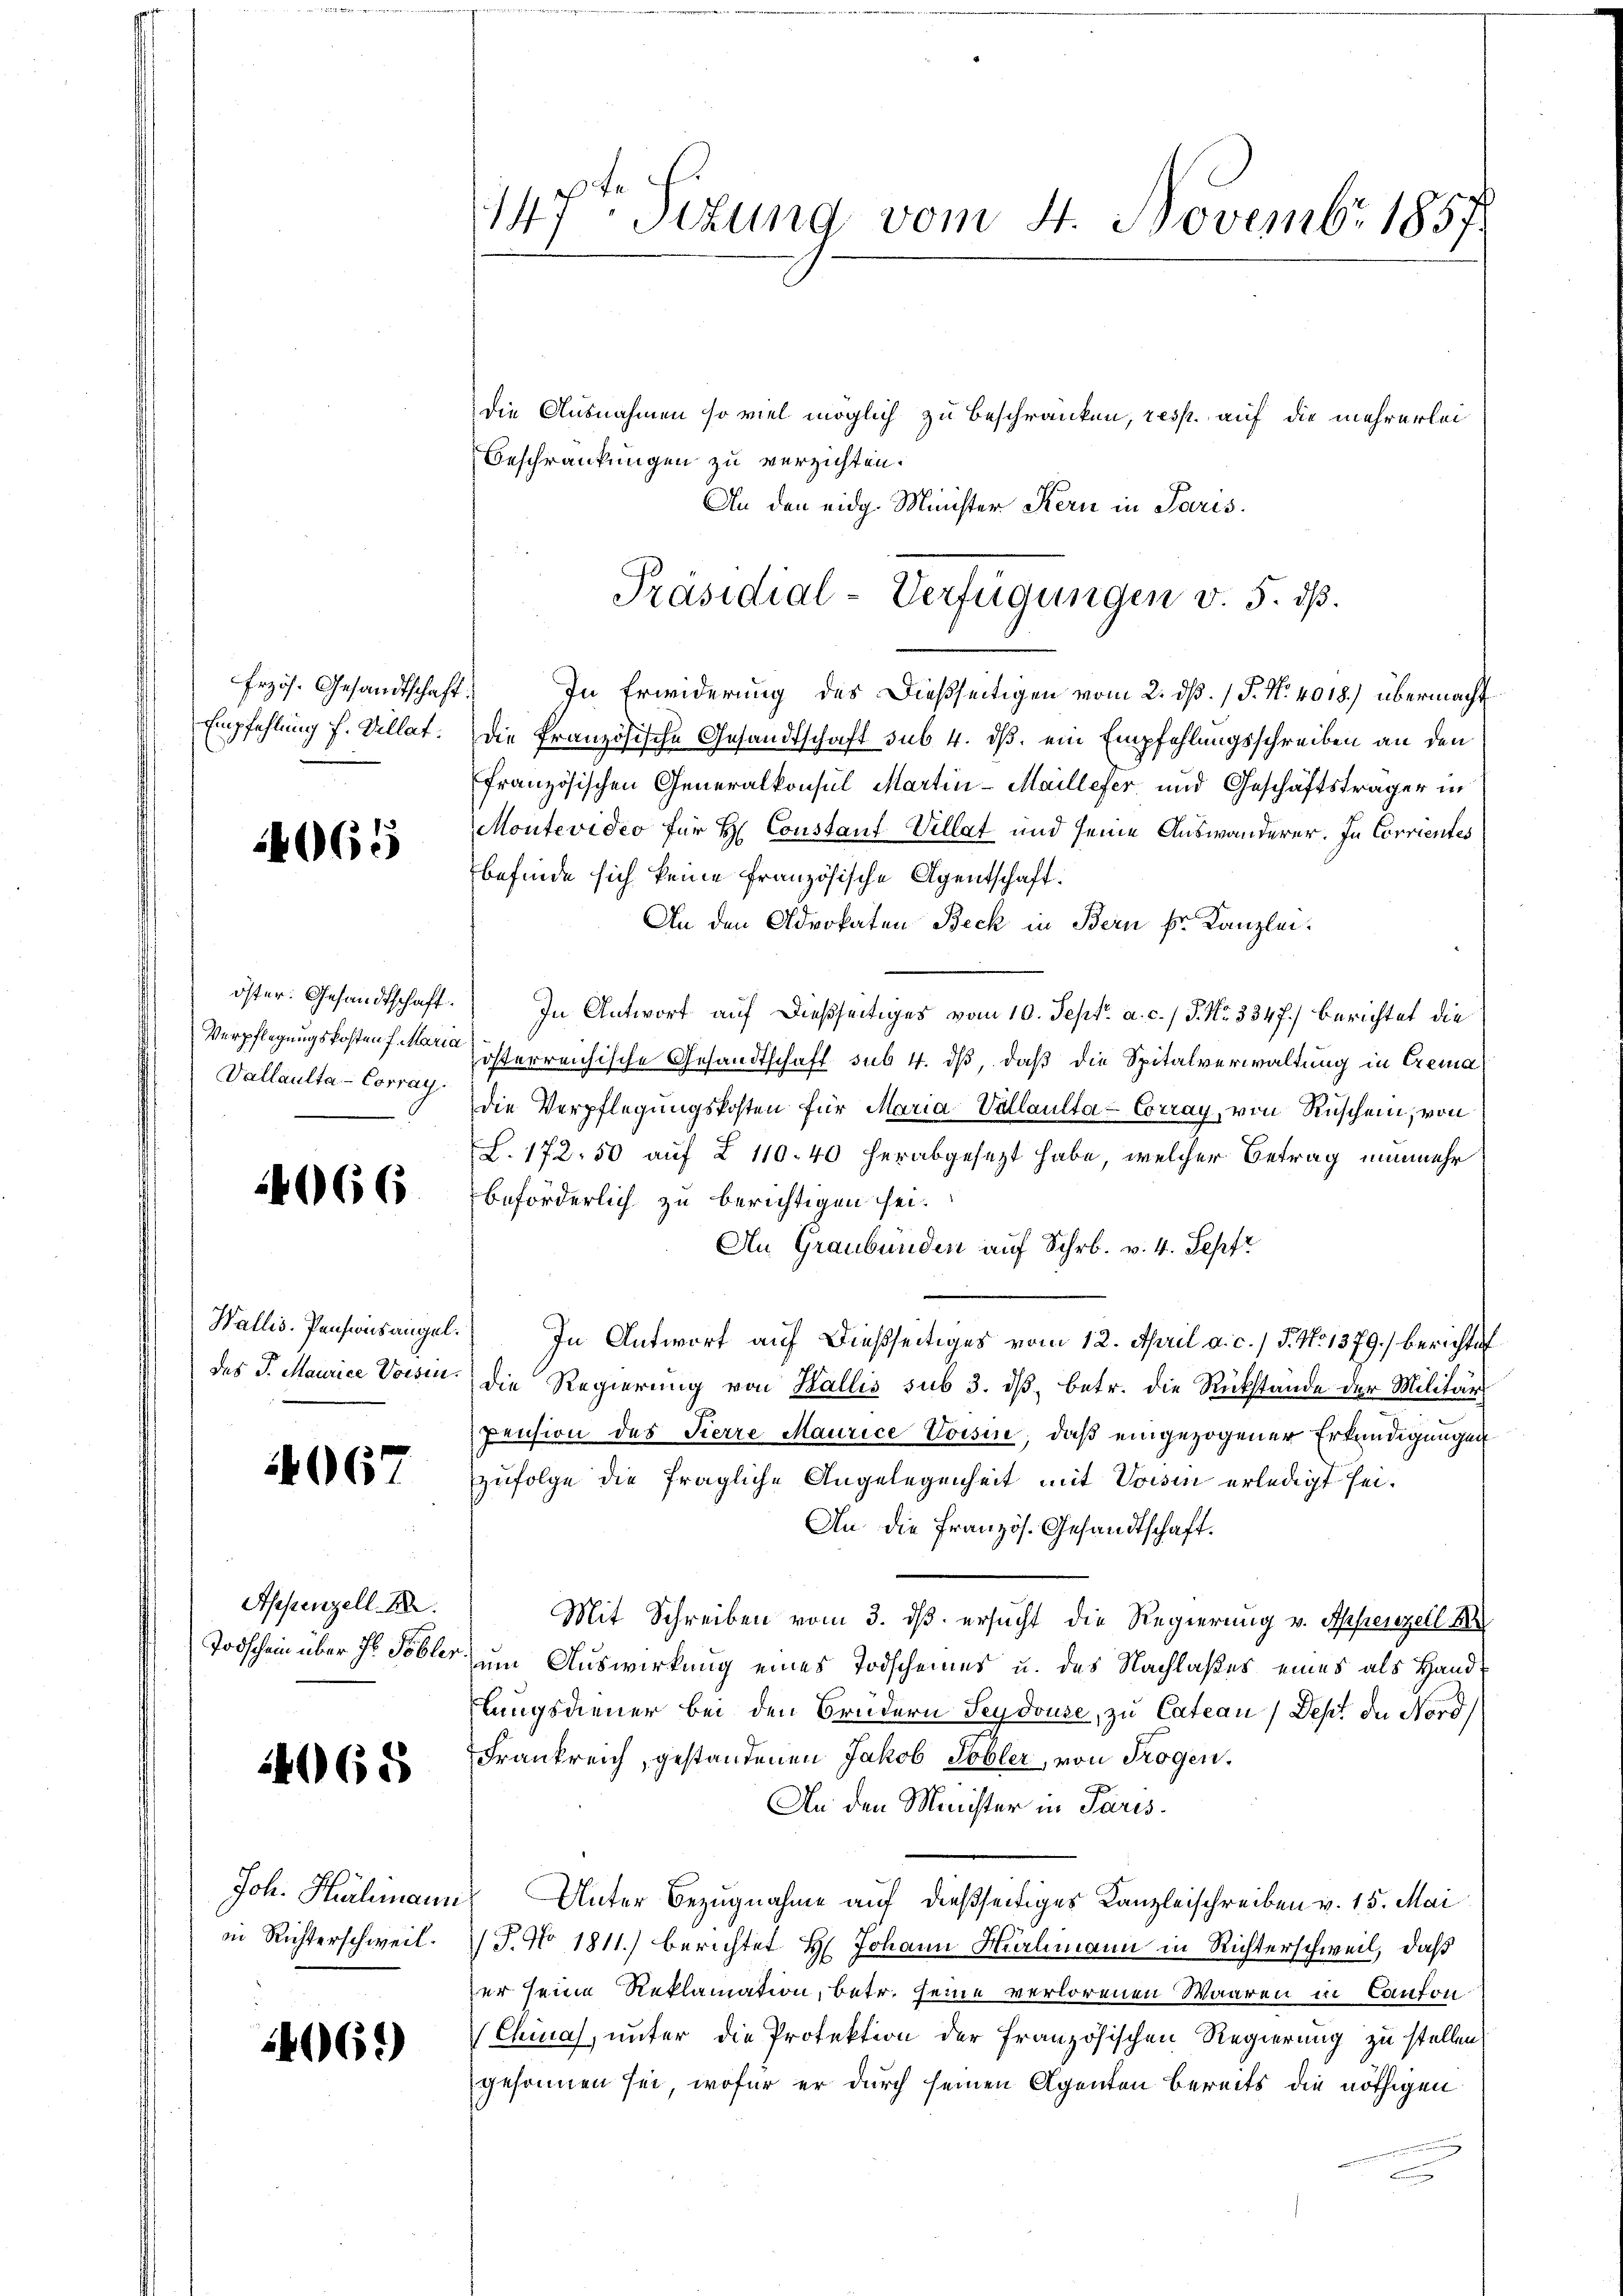
147t Sizung vom 4. Novembr 1857

die Ausnahmen so viel möglich zu beschränken, resp. auf die mehrerlei
Beschränkungen zu verzichten.
7.) In Erwiderung des dießseitigen vom 2. dß. / P. Nr. 4018.) übermacht
die französische Gesandtschaft sub. 4. ds. ein Empfehlungsschreiben an den
französischen Generalkonsul Martin-Maillefer und Geschäftsträger in
Montevideo für H. Constant Villat und seine Auswanderer. In Corrientes
befinde sich keine französische Agentschaft.
An den Advokaten Beck in Bern fr. Kanzlei.
In Antwort auf dießseitiges vom 10. Sept. a. c. / P. Nr. 334 f.) berichtet die
zösterreichische Gesandtschaft sub 4. dβ, daß die Spitalverwaltung in Crema
die Verpflegungskosten für Maria-Vallaulta-Corray, von Rüschein, von
(L. 172. 50 auf Z 110. 40 herabgesezt habe, welcher Betrag nunmehr
beförderlich zu berichtigen sei.
An Graubünden auf Schr. v. 4. Sepfr
) In Antwort auf dießseitiges vom 12. April a. c. / 5. No 1379.) berichtet
die Regierung von Wallis sub 3. dβ, betr. die Rückstände der Militär
pension des Pierre Maurice Vorsin, daß eingezogener Erkundigungen
zufolge die fragliche Angelegenheit mit Vossin erledigt sei.
An die Französ. Gesandtschaft.
Mit Schreiben vom 3. ds. ersucht die Regierung v. Appenzell
um Auswirkung eines Todscheines u. des Nachlaßes eines als Handlungsdiener bei den Brüdern Seydouse, zu Cateau /Dept der Nord¬
Frankreich, gestandenen Jakob Tobler, von Trogen,
An den Minister in Paris
Joh. Helmann. Unter Bezugnahme auf dießseitiges Kanzleischreiben v. 15. Mai
J. No 1811.) berichtet H. Johann Salmann in Richterschweil, daß
er seine Reklamation, betr. seine verlorenen Waaren in Canton
Chmas, unter die Profektion der französischen Regierung zu stellen
gesonnen sei, wofür er durch seinen Agenten bereits die nöthigen
n

An den eidg. Minister Kern in Paris.
Präsidial-Verfügungen v. 5. dß.

Erzös. Gesandtschaft
Empfehlung f. Villat

4065

öster. Gesandtschaft.
Verpflegungskosten f. Maria
Vallaulta-Corrag

14066

Wallis. Pensionsangel.
des J. Maurice Vorsin.

4067

Appenzell A.
Todschein über in Tobler

14068

in Richterschweil.

1406)